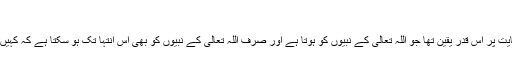
صفحہ 263-262)
آپؑ کو اللہ تعالیٰ کی ذات پر، کفایت پر اس قدر یقین تھا جو اللہ تعالیٰ کے نبیوں کو ہوتا ہے اور صرف اللہ تعالیٰ کے نبیوں کو بھی اس انتہا تک ہو سکتا ہے کہ کہیں بھی آپ کو شائبہ تک بھی نہیں۔